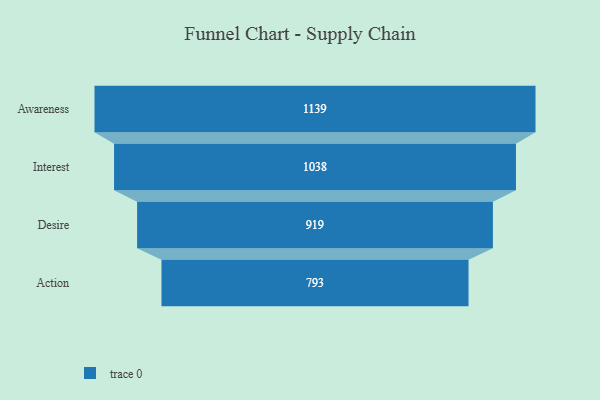
{"axis": {"x": "Stage", "y": "Value"}, "legend": [""], "data": [{"x": "Awareness", "y": 1139.0, "type": ""}, {"x": "Interest", "y": 1038.0, "type": ""}, {"x": "Desire", "y": 919.0, "type": ""}, {"x": "Action", "y": 793.0, "type": ""}]}